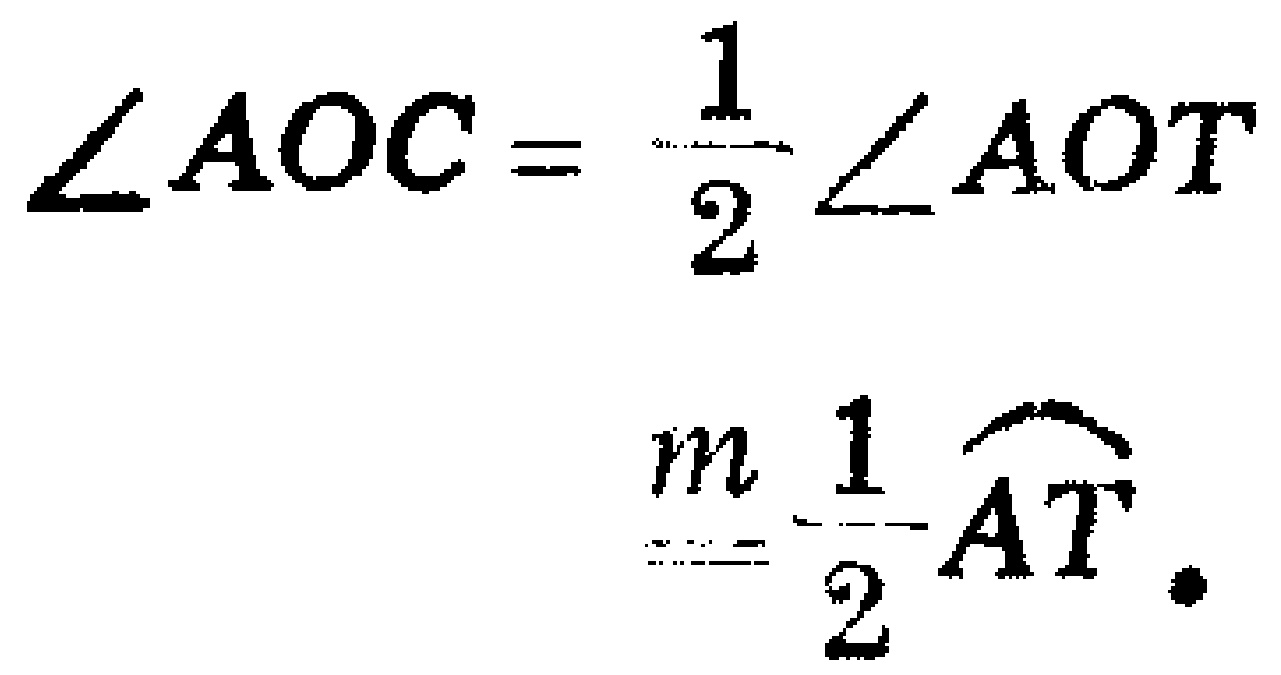
\(\angle AOC = \frac{1}{2} \angle AOT\)
\(m = \frac{1}{2} \overset{\frown}{AT}.\)